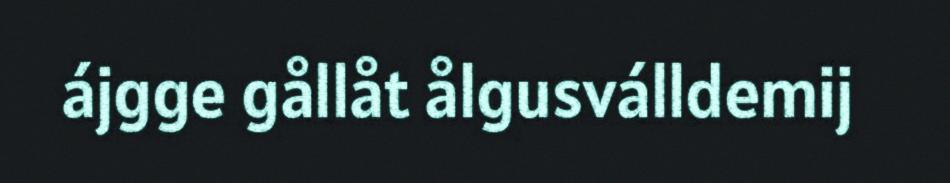
ájgge gållåt ålgusválldemij